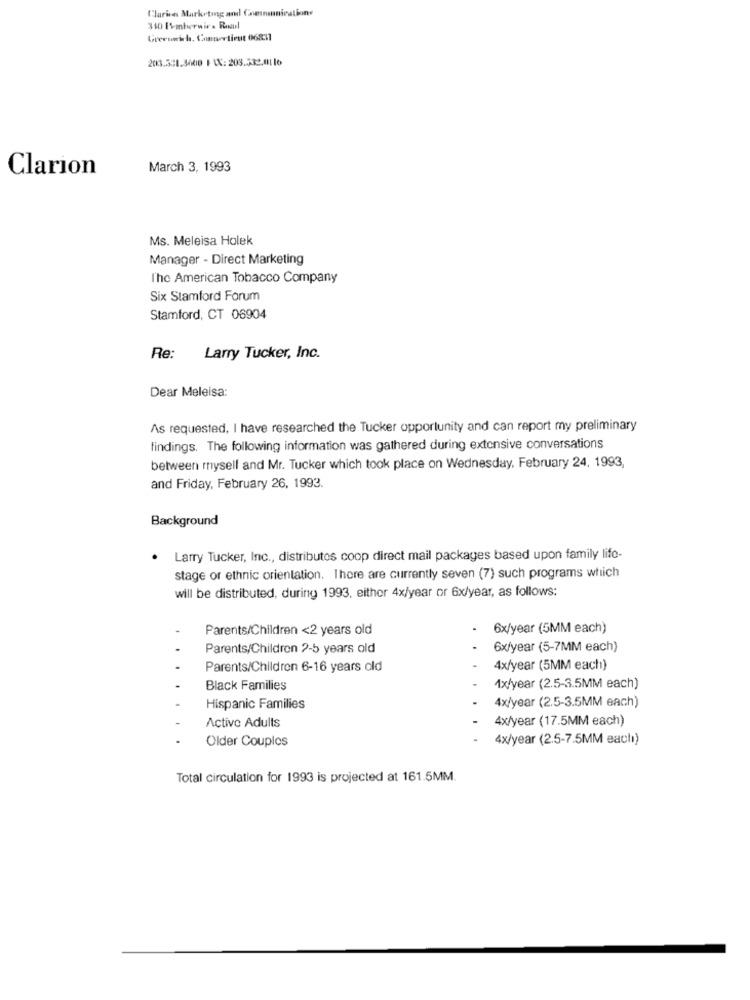
Clarins Marketing and Communications
310 Emberwies Resul
Greenwich, Connecticut 06811
20.531.3400 FAX: 203.532.0116
Clarion
March 3, 1993
Ms. Meleisa Holek
Manager - Direct Marketing
l'ho American Tobacco Company
Six Stamford Forum
Stamford, CT 06904
Re:
Larry Tucker, Inc.
Dear Meleisa:
As requested, I have researched the Tucker opportunity and can report my preliminary
findings. The following information was gathered during extensive conversations
between mysell and Mr. Tucker which took place on Wednesday, February 24, 1993,
and Friday, February 26, 1993.
Background
. Larry Tucker, Inc ., distributes coop direct mail packages based upon family life-
stage or ethnic orientation. There are currently seven (7) such programs which
will be distributed, during 1993, either 4x/year or 6x/year, as follows:
Parents/Children <2 years old
6x/year (5MM each)
Parents/Children 2-5 years old
6x/year (5-7MM each)
Parents/Children 6-16 years old
4x/year (5MM each)
Black Families
1x/year (2.5-3.5MM each)
4x/year (2.5-3.5MM each)
Hispanic Families
4x/year (17.5MM each)
Active Adults
Older Couplos
4x/year (2.5-7.5MM eachı)
Total circulation for 1993 is projected at 161.5MM.